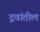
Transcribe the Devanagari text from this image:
द्रवांतील